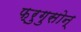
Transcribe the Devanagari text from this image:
फ्रुगुसोन्